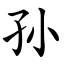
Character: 孙